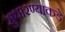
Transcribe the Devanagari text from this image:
सुधारण्याकडे